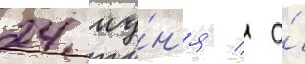
24 иу́н'я / а́